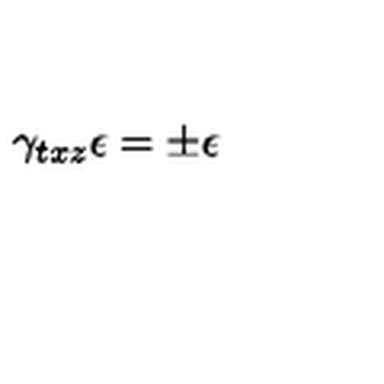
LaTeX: \gamma _ { t x z } \epsilon = \pm \epsilon